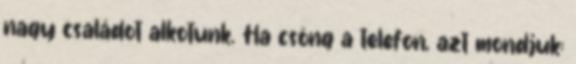
nagy családot alkotunk. Ha csöng a telefon, azt mondjuk: